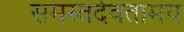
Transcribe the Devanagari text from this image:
समस्तदेवतामयं